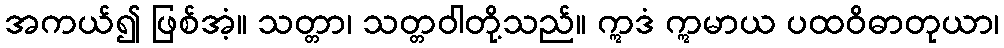
အကယ်၍ ဖြစ်အံ့။ သတ္တာ၊ သတ္တဝါတို့သည်။ ဣဒံ ဣမာယ ပထဝိဓာတုယာ၊